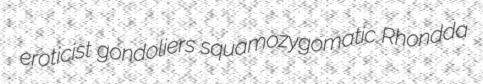
eroticist gondoliers squamozygomatic Rhondda